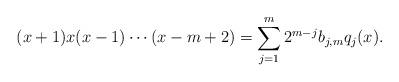
LaTeX: \begin{align*}(x+1)x(x-1)\cdots(x-m+2)=\sum_{j=1}^m 2^{m-j}b_{j,m}q_j(x).\end{align*}